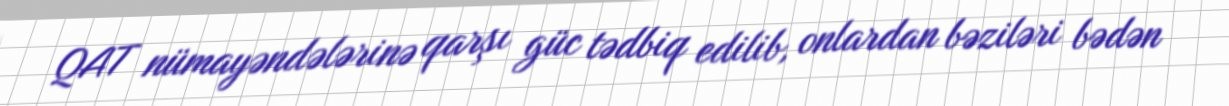
QAT nümayəndələrinə qarşı güc tədbiq edilib, onlardan bəziləri bədən